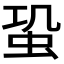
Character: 𧉨